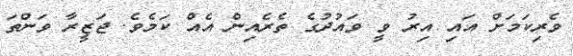
ވެރިކަމަށް އައި އިރު ވީ ވައުދުގެ ތެރެއިން އެއް ކަމެވެ. ޖަޒީރާ ވަންތަ